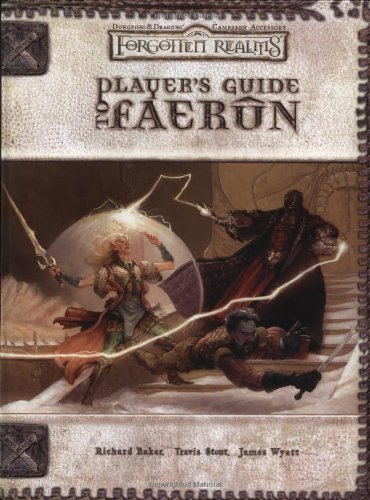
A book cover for Player's Guide to Faerun (Dungeons & Dragons d20 3.5 Fantasy Roleplaying, Forgotten Realms Accessory); Richard Baker; Science Fiction & Fantasy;